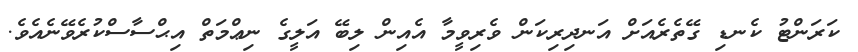
ކަރަންޓު ކެނޑި ގޭތެރެއަށް އަނދިރިކަން ވެރިވީމާ އެއިން ލިބޭ އަލީގެ ނިޢްމަތް އިޙްސާސްކުރެވޭނެއެވެ.